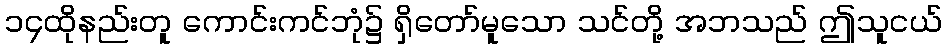
၁၄ထိုနည်းတူ ကောင်းကင်ဘုံ၌ ရှိတော်မူသော သင်တို့ အဘသည် ဤသူငယ်